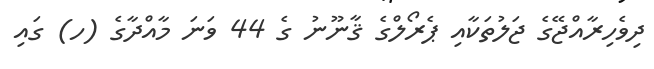
ދިވެހިރާއްޖޭގެ ޖަލުތަކާއި ޕެރޯލްގެ ޤާނޫނު ގެ 44 ވަނަ މާއްދާގެ (ހ) ގައި